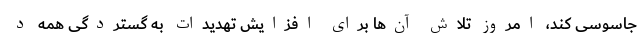
جاسوسی کند، امروز تلاش آن‌ها برای افزایش تهدیدات به گستردگی همه د